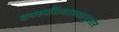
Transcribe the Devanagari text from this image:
वनस्पतिशास्त्रानुसार